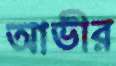
আভীর